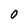
Character: O